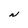
Character: N